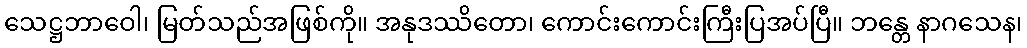
သေဋ္ဌဘာဝေါ၊ မြတ်သည်အဖြစ်ကို။ အနုဒဿိတော၊ ကောင်းကောင်းကြီးပြအပ်ပြီ။ ဘန္တေ နာဂသေန၊